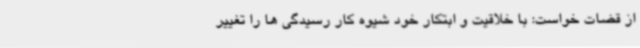
از قضات خواست: با خلاقیت و ابتکار خود شیوه کار رسیدگی ها را تغییر